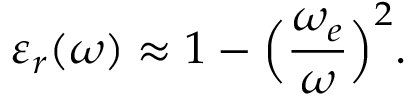
\varepsilon _ { r } ( \omega ) \approx 1 - \Big ( \frac { \omega _ { e } } { \omega } \Big ) ^ { 2 } .